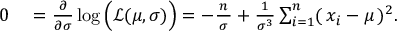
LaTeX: \begin{array} { r l } { 0 } & { { } = { \frac { \partial } { \partial \sigma } } \log { \Big ( } { \mathcal { L } } ( \mu , \sigma ) { \Big ) } = - { \frac { \, n \, } { \sigma } } + { \frac { 1 } { \sigma ^ { 3 } } } \sum _ { i = 1 } ^ { n } ( \, x _ { i } - \mu \, ) ^ { 2 } . } \end{array}